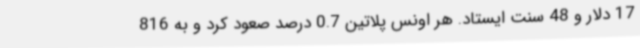
17 دلار و 48 سنت ایستاد. هر اونس پلاتین 0.7 درصد صعود کرد و به 816